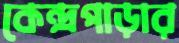
কেন্দ্রপাড়ার